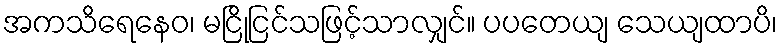
အကသိရေနေဝ၊ မငြိုငြင်သဖြင့်သာလျှင်။ ပပတေယျ သေယျထာပိ၊